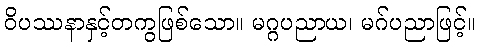
ဝိပဿနာနှင့်တကွဖြစ်သော။ မဂ္ဂပညာယ၊ မဂ်ပညာဖြင့်။